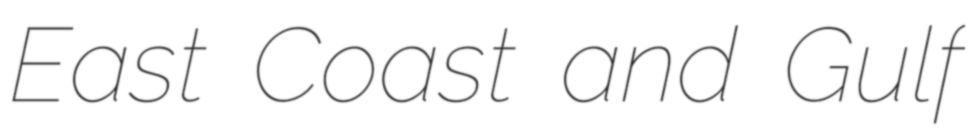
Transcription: East Coast and Gulf